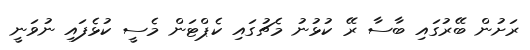
ރަށުން ބޭރުގައި ބާސާ ރޭ ކުޅުނު މެޗުގައި ކެޕްޓަން މެސީ ކުޅެފައި ނުވަނީ